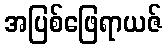
အပြစ်ဖြေရာယဇ်